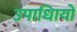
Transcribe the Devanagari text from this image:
उपाधिायों